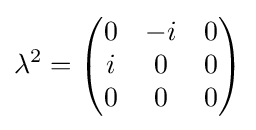
\lambda ^{2}={\begin{pmatrix}0&-i&0\\i&0&0\\0&0&0\end{pmatrix}}